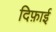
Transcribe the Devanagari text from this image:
दिफ़ाई